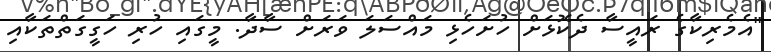
"އެމެރިކާގެ ރައީސާ ދެކޮޅަށް ހުށަހެޅި މައްސަލަ ވަރަށް ސާދާ. މީގައި ހުރި ހަގީގަތްތަކާއި